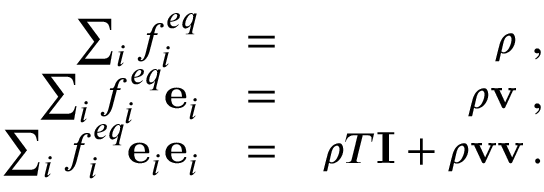
\begin{array} { r l r } { \sum _ { i } f _ { i } ^ { e q } } & { = } & { \rho \ , } \\ { \sum _ { i } f _ { i } ^ { e q } \mathbf { e } _ { i } } & { = } & { \rho \mathbf { v } \ , } \\ { \sum _ { i } f _ { i } ^ { e q } \mathbf { e } _ { i } \mathbf { e } _ { i } } & { = } & { \rho T \mathbf { I } + \rho \mathbf { v } \mathbf { v } \, . } \end{array}